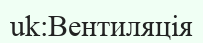
uk:Вентиляція